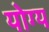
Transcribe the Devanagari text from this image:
योग्य